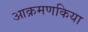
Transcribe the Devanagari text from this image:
आक्रमणकिया